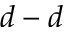
d - d